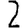
Digit: 2